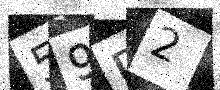
Text: 59P2